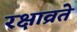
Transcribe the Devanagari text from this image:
रक्षाव्रते